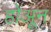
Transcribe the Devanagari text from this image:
होअून